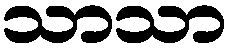
သာသာ